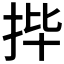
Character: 𫼣